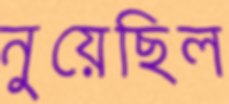
নুয়েছিল